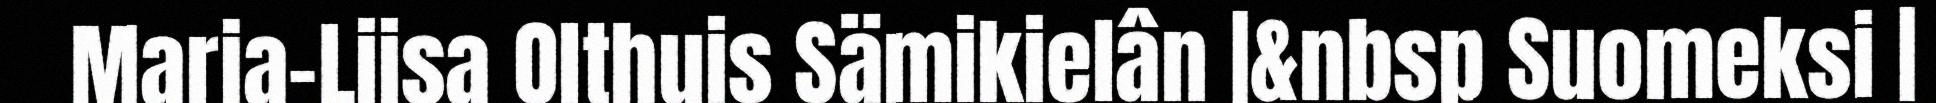
Marja-Liisa Olthuis Sämikielân |&nbsp Suomeksi |